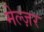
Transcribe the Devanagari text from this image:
मेल्ज़र